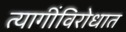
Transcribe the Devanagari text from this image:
त्यागींविरोधात